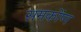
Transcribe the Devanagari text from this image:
समकोंण